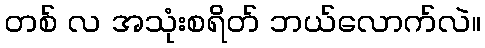
တစ် လ အသုံးစရိတ် ဘယ်လောက်လဲ။